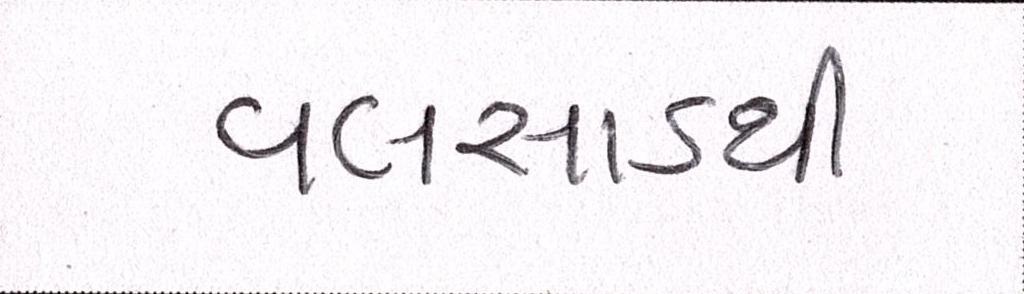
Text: વલસાડથી